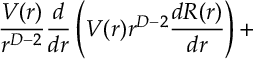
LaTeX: \frac { V ( r ) } { r ^ { D - 2 } } \frac { d } { d r } \left( V ( r ) r ^ { D - 2 } \frac { d R ( r ) } { d r } \right) +